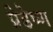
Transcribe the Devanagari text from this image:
प्रेडेष्ण